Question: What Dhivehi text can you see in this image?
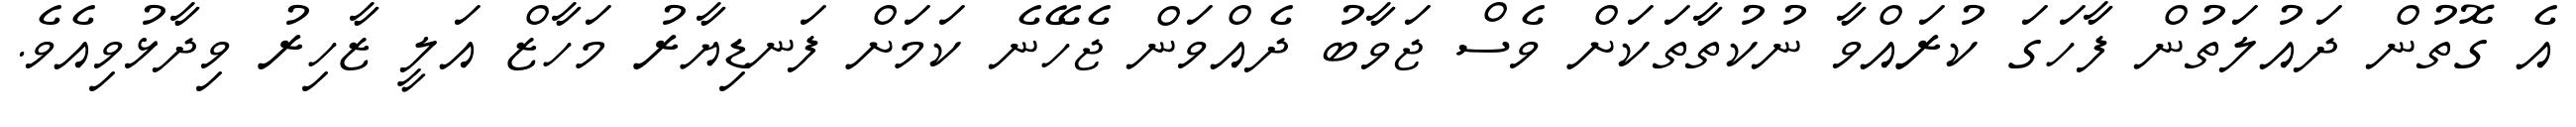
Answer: އެ ގޮތުން ދައުލަތުން ފާހަގަ ކުރައްވާ ނުކުތާތަކަށް ވެސް ޖަވާބު ދެއްވަން ޖެހޭނެ ކަމަށް ފަނޑިޔާރު މަހާޒް އަލީ ޒާހިރު ވިދާޅުވިއެވެ.